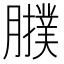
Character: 𦢟